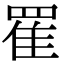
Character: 䍜